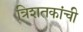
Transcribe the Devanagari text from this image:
त्रिशतकांची